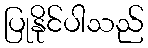
ပြုနိုင်ပါသည်